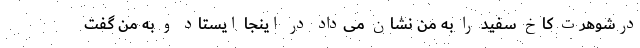
درشوهرت کاخ سفید را به من نشان می‌داد در اینجا ایستاد و به من گفت